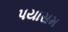
પયાસમ